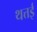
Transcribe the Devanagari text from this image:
थत्तई